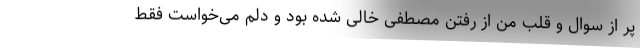
پُر از سوال و قلب من از رفتن مصطفی خالی شده بود و دلم می‌خواست فقط